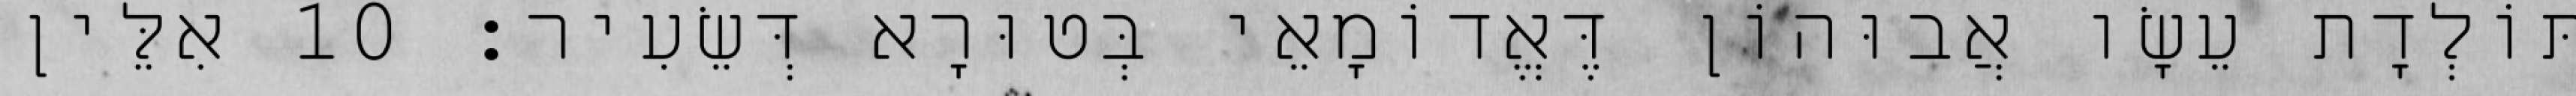
תּוֹלְדָת עֵשָׂו אֲבוּהוֹן דֶּאֱדוֹמָאֵי בְּטוּרָא דְּשֵׂעִיר׃ 10 אִלֵּין